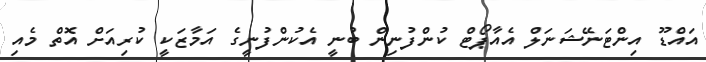
އައްޑޫ އިންޓަނޭޝަނަލް އެއާޕޯޓް ކުންފުނިން ބުނީ އެކުންފުނީގެ އަމާޒަކީ ކުރިއަށް އޮތް މެއި